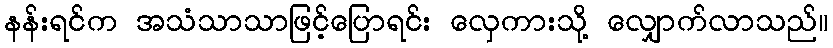
နန်းရင်က အသံသာသာဖြင့်ပြောရင်း လှေကားသို့ လျှောက်လာသည်။